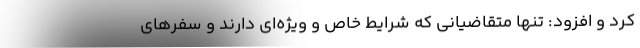
کرد و افزود: تنها متقاضیانی که شرایط خاص و ویژه‌ای دارند و سفرهای